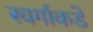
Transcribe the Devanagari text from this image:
स्वर्गाकडे